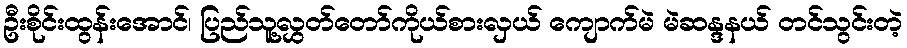
ဦးစိုင်းထွန်းအောင်၊ ပြည်သူ့လွှတ်တော်ကိုယ်စားလှယ် ကျောက်မဲ မဲဆန္ဒနယ် တင်သွင်းတဲ့